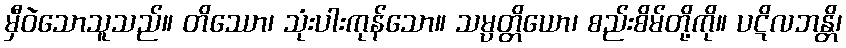
မှီဝဲသောသူသည်။ တိဿော၊ သုံးပါးကုန်သော။ သမ္ပတ္တိယော၊ စည်းစိမ်တို့ကို။ ပဋိလဘန္တိ၊